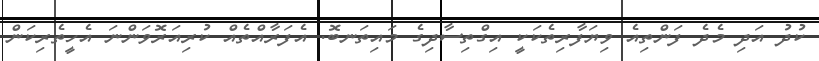
ކުދު އަދި މެދެ ފަންތިއެ ވިޔަފާރިތެކަކީ އިގްތިސާދިގެ މައިތަނބޮ. އެފަރާއްތެއް ކުރިއަރޮވަންނަ އެހީތެރިކަން